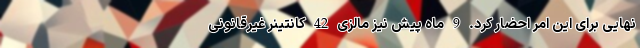
نهایی برای این امر احضار کرد. 9 ماه پیش نیز مالزی 42 کانتینر غیرقانونی